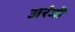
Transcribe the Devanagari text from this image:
अरंजी